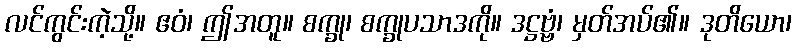
လင်ကွင်းကဲ့သို့။ ဧဝံ၊ ဤအတူ။ စက္ခု၊ စက္ခုပသာဒကို။ ဒဋ္ဌဗ္ဗံ၊ မှတ်အပ်၏။ ဒုတိယော၊